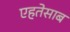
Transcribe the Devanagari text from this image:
एहतेसाब